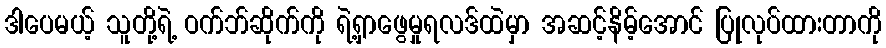
ဒါပေမယ့် သူတို့ရဲ့ ဝက်ဘ်ဆိုက်ကို ရဲ့ရှာဖွေမှုရလဒ်ထဲမှာ အဆင့်နိမ့်အောင် ပြုလုပ်ထားတာကို